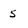
Character: 5